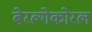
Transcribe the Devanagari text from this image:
बेरल्गेकोरल